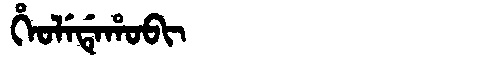
Manchu: ᡥᡝᠣᠯᡝᡩᡝᡥᠣᠪᡳ
Romanization: HEOLEDEHOBI